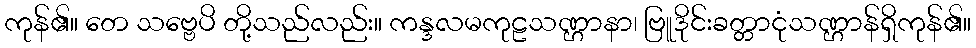
ကုန်၏။ တေ သဗ္ဗေပိ တို့သည်လည်း။ ကန္ဒလမကုဠသဏ္ဌာနာ၊ ဗြူဒိုင်းခတ္တာငုံသဏ္ဌာန်ရှိကုန်၏။